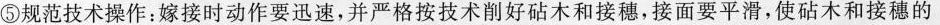
⑤规范技术操作：嫁接时动作要迅速，并严格按技术削好砧木和接穗，接面要平滑，使砧木和接穗的